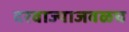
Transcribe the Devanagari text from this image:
दरवाज्याजवळच